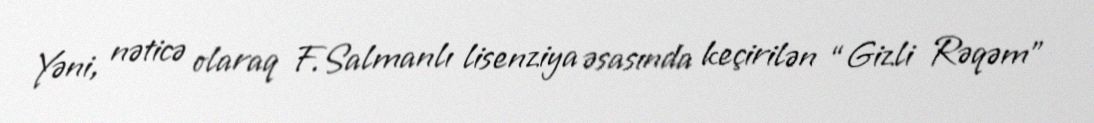
Yəni, nəticə olaraq F.Salmanlı lisenziya əsasında keçirilən “Gizli Rəqəm”